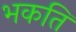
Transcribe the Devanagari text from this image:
भकति